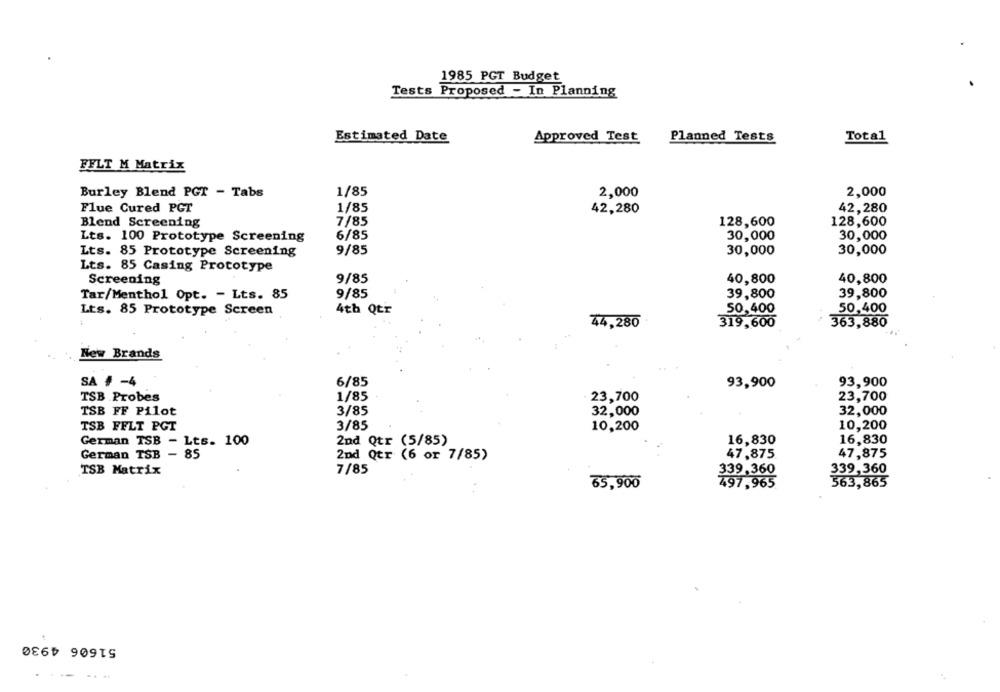
1985 PGT Budget
Tests Proposed - In Planning
Estimated Date
Approved Test
Planned Tests
Total
FFLT M Matrix
Burley Blend PGT - Tabs
1/85
2,000
2,000
1/85
42,280
Flue Cured PCT
42,280
7/85
128,600
128,600
Blend Screening
6/85
Lts. 100 Prototype Screening
30,000
30,000
9/85
Lts. 85 Prototype Screening
30,000
30,000
Lts. 85 Casing Prototype
Screening
9/85
40,800
40,800
Tar/Menthol Opt. - Lts. 85
9/85
39,800
39,800
Lts. 85 Prototype Screen
4th Qtr
50,400
50,400
44,280
319,600
363,880
New Brands
SA # -4
6/85
93,900
93,900
TSB Probes
1/85
23,700
23,700
TSB FF Pilot
3/85
32,000
32,000
TSB FFLT PGT
3/85
10,200
10,200
German TSB - Lts. 100
2nd Qtr (5/85)
16,830
16,830
German TSB - 85
2nd Qtr (6 or 7/85)
47,875
47,875
TSB Matrix
7/85
339,360
339,360
65,900
497,965
563,865
51606 4930